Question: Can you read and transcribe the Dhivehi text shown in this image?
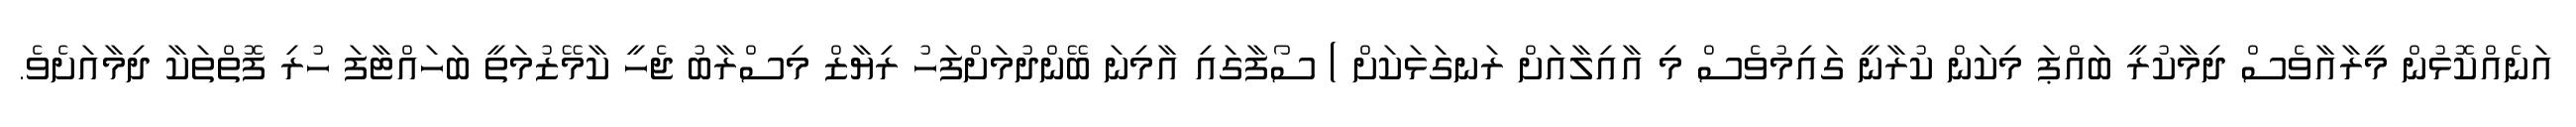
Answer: އަނެއްކޮޅުން މީރާއާވެސް ދިމާކުރީ ބައްޕަ މިކަން ކުރާނީ ގައިމުވެސް މި އާއިލާއަށް ރަނގަޅަކަށް ) ސޯފާގައި އާމިނަ ބޭންދުމަށްފަހު ރިޔާޒް މިސްރާބު ޖެހީ ކާމޭޒުމަތީ ބަހައްޓާފަ ހުރި ފޮތްތަކާ ދިމާއަށެވެ.